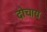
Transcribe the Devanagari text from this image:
दोचाय